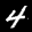
Label: 4